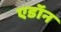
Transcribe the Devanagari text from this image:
एडॉन